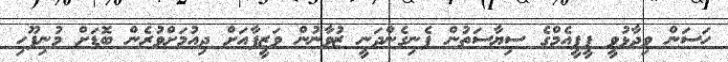
ހަސަން ވިދާޅުވީ ޕީޕީއެމްގެ ސިޔާސަތުން ފެނިގެންދަނީ ޒުވާނުން ވަޒީފާއަށް ދިއުމަށްވުރެން ބޮޑަށް މުނިފޫހި